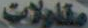
مقاولات